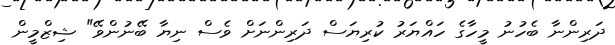
ދަރިންނާ ބެހުނު މީހާގެ ހައްޔަރު ކުރިޔަސް ދަރިންނަށް ވެސް ނިޔާ ބޭނުންވޭ" ޝިޒްމީން